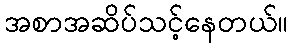
အစာအဆိပ်သင့်နေတယ်။